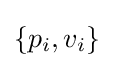
\left\{p_{i},v_{i}\right\}